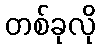
တစ်ခုလို